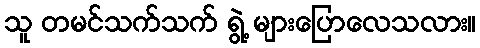
သူ တမင်သက်သက် ရွဲ့ များပြောလေသလား။